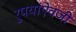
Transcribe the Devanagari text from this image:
रुपयांऐवजी